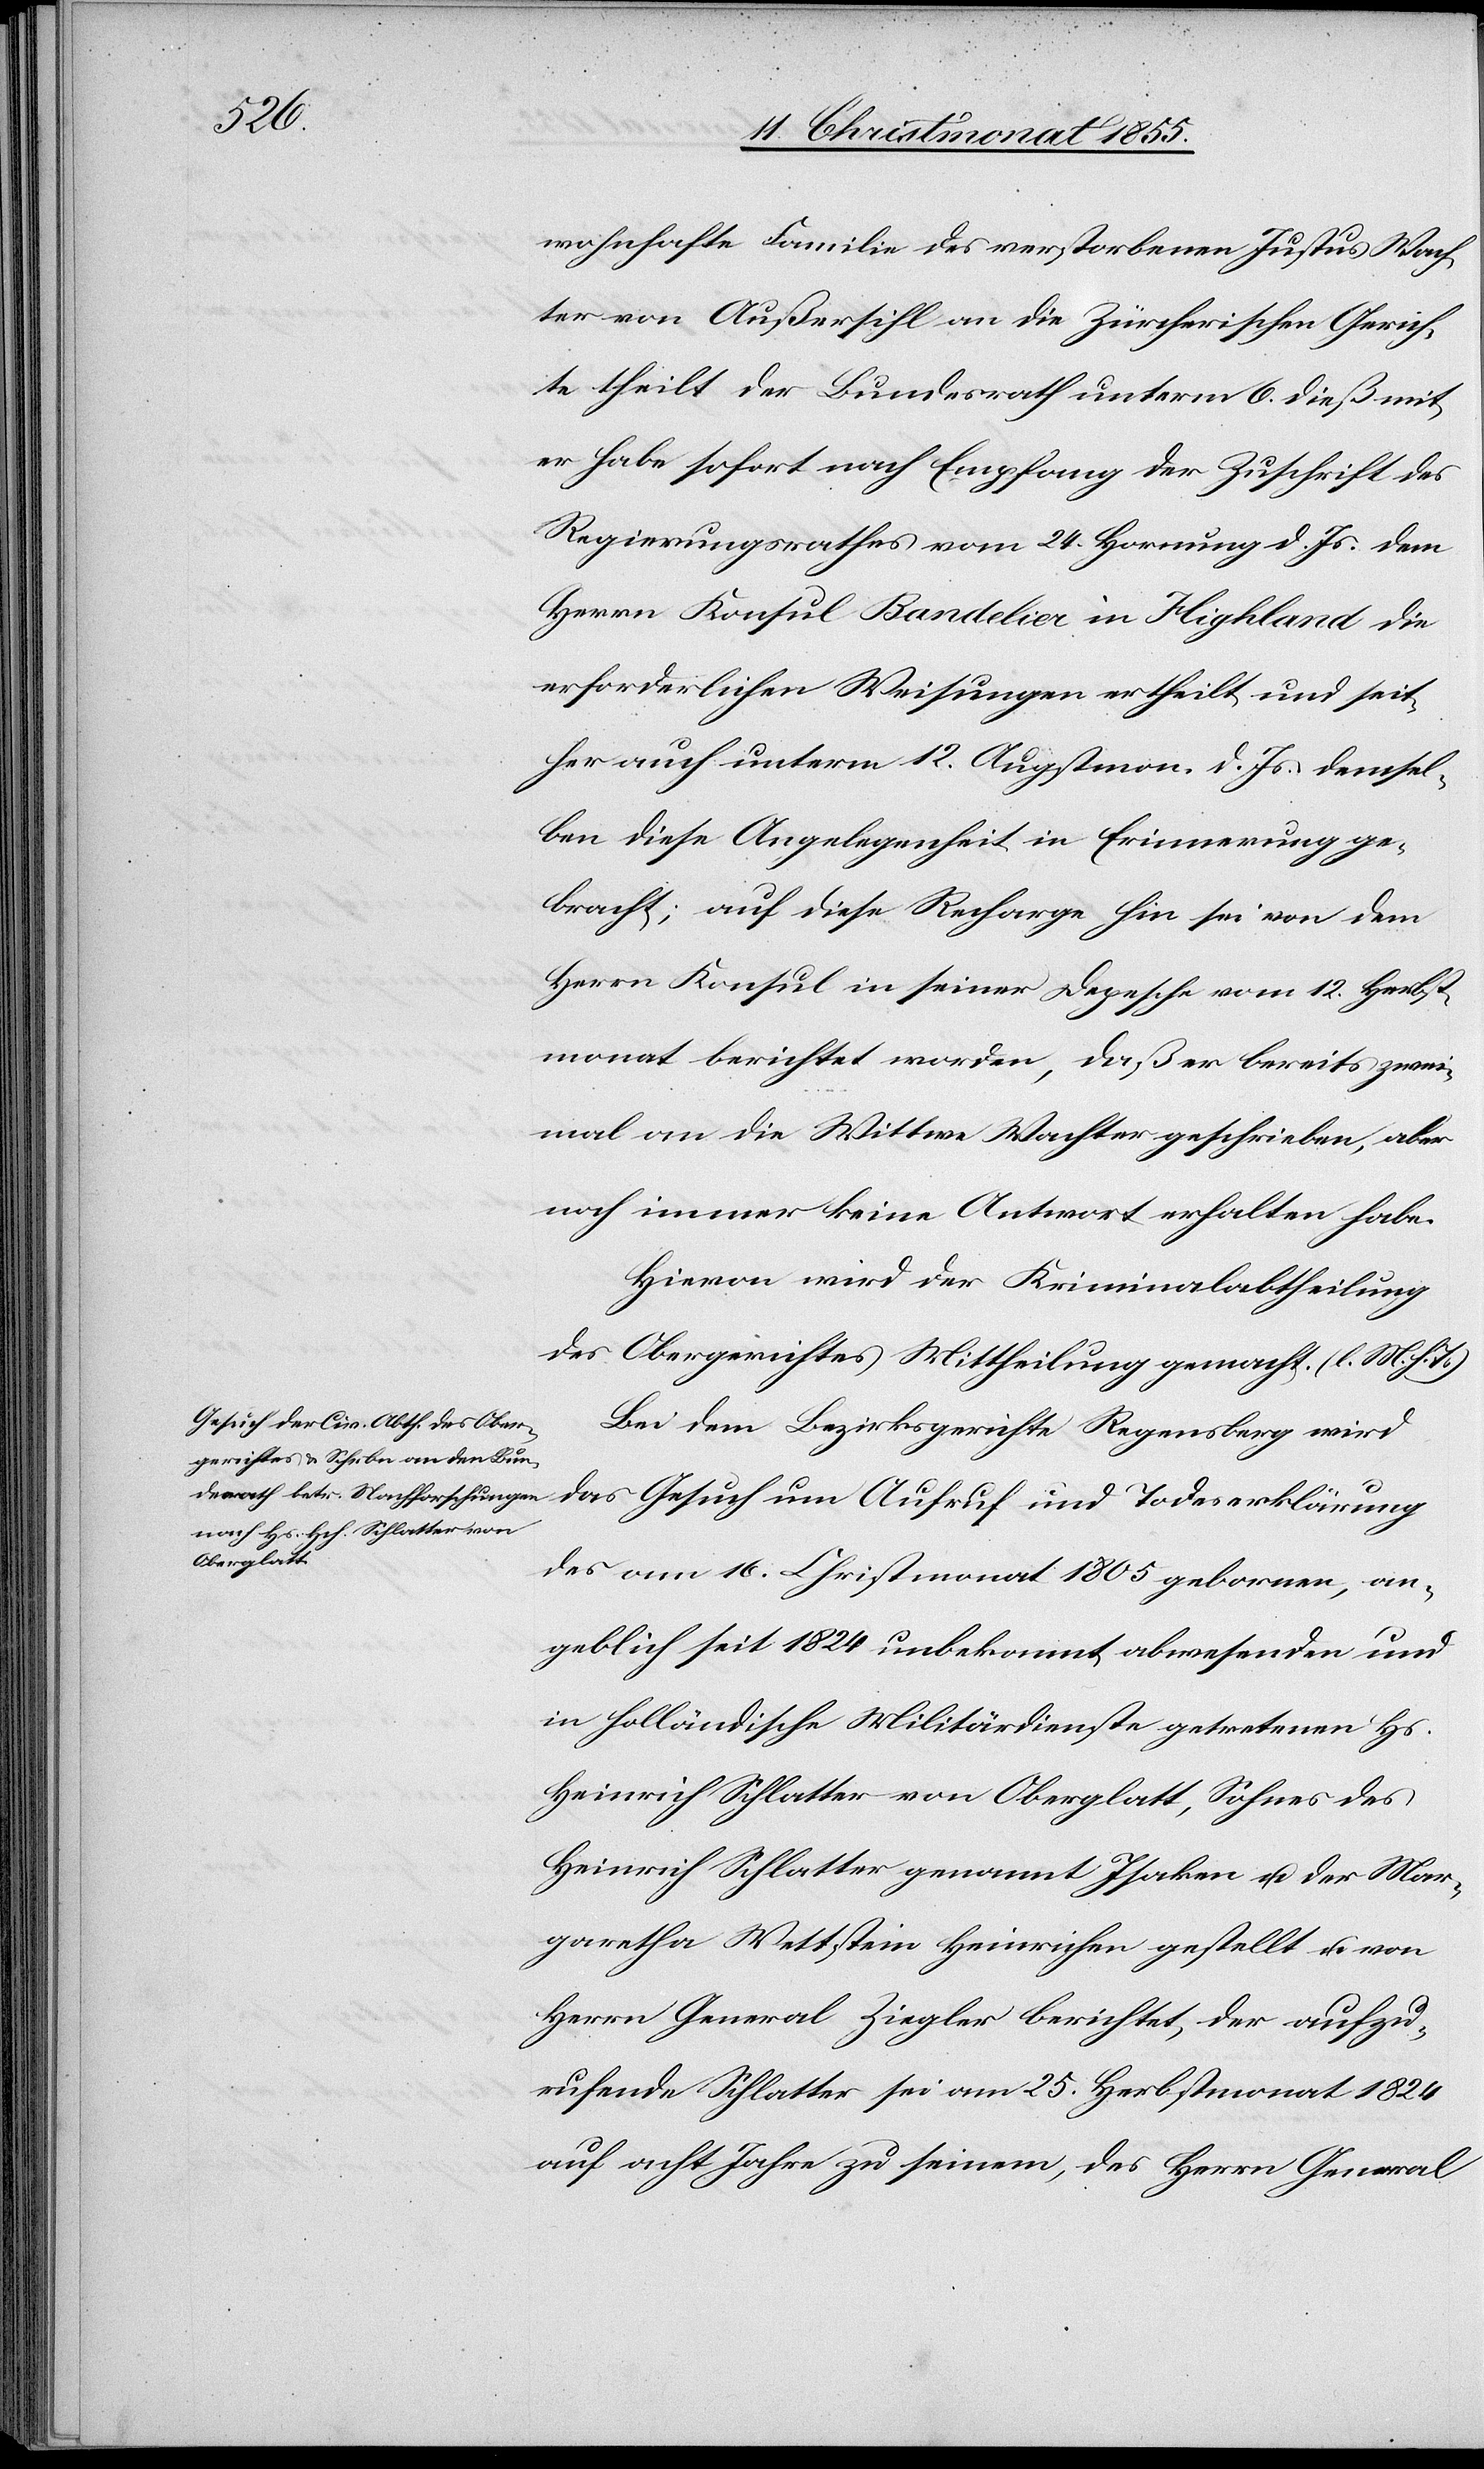
wohnhafte Familie des verstorbenen Justus Wach¬
ter von Außersihl an die Zürcherischen Gerich¬
te theilt der Bundesrath unterm 6. dieß mit,
er habe sofort nach Empfang der Zuschrift des
Regierungsrathes vom 24. Hornung d. Js. dem
Herrn Konsul Bandelier in Highland die
erforderlichen Weisungen ertheilt und seit¬
her auch unterm 12. Augstmon. d. Js. demsel¬
ben diese Angelegenheit in Erinnerung ge¬
bracht; auf diese Recharge hin sei von dem
Herrn Konsul in seiner Depesche vom 12. Herbst¬
monat berichtet worden, daß er bereits zwei¬
mal an die Wittwe Wachter geschrieben, aber
noch immer keine Antwort erhalten habe.
Hievon wird der Kriminalabtheilung
des Obergerichtes Mittheilung gemacht. (l. M. h. T.)
Bei dem Bezirksgerichte Regensberg wird
das Gesuch um Aufruf und Todeserklärung
des am 16. Christmonat 1805 gebornen, an¬
geblich seit 1824 unbekannt abwesenden und
in holländische Militärdienste getretenen Hs.
Heinrich Schlatter von Oberglatt, Sohnes des
Heinrich Schlatter genannt Isaken u. der Mar¬
garetha Wettstein Heinrichen gestellt u. von
Herrn General Ziegler berichtet, der aufzu¬
rufende Schlatter sei am 25. Herbstmonat 1824
auf acht Jahre zu seinem, des Herrn General